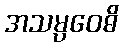
အသမ္ပဝေဓိ